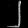
Digit: ၂